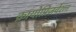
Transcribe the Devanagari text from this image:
क्रायोप्रिजर्वेशन